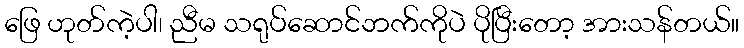
ဖြေ ဟုတ်ကဲ့ပါ၊ ညီမ သရုပ်ဆောင်ဘက်ကိုပဲ ပိုပြီးတော့ အားသန်တယ်။